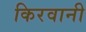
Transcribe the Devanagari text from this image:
किरवानी